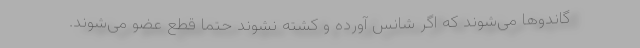
گاندوها می‌شوند که اگر شانس آورده و کشته نشوند حتما قطع عضو می‌شوند.